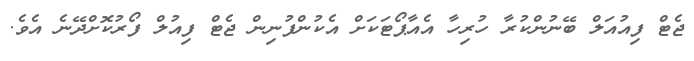
ޖެޓް ފިއުއަލް ބޭނުންކުރާ ހުރިހާ އެއާޕޯޓަކަށް އެކުންފުނިން ޖެޓް ފިއުލް ފޯރުކޮށްދޭނެ އެވެ.